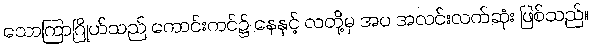
သောကြာဂြိုဟ်သည် ကောင်းကင်၌ နေနှင့် လတို့မှ အပ အလင်းလက်ဆုံး ဖြစ်သည်။